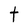
Character: t